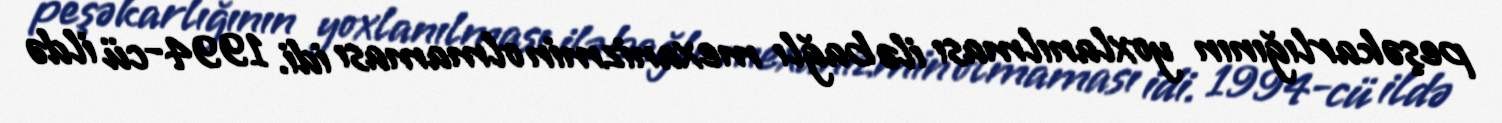
peşəkarlığının yoxlanılması ilə bağlı mexanizmin olmaması idi. 1994-cü ildə